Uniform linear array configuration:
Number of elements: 12
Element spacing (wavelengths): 0.25
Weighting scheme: kaiser
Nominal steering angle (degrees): -45
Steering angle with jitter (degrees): -44.662
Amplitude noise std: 0.05
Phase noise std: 0.05

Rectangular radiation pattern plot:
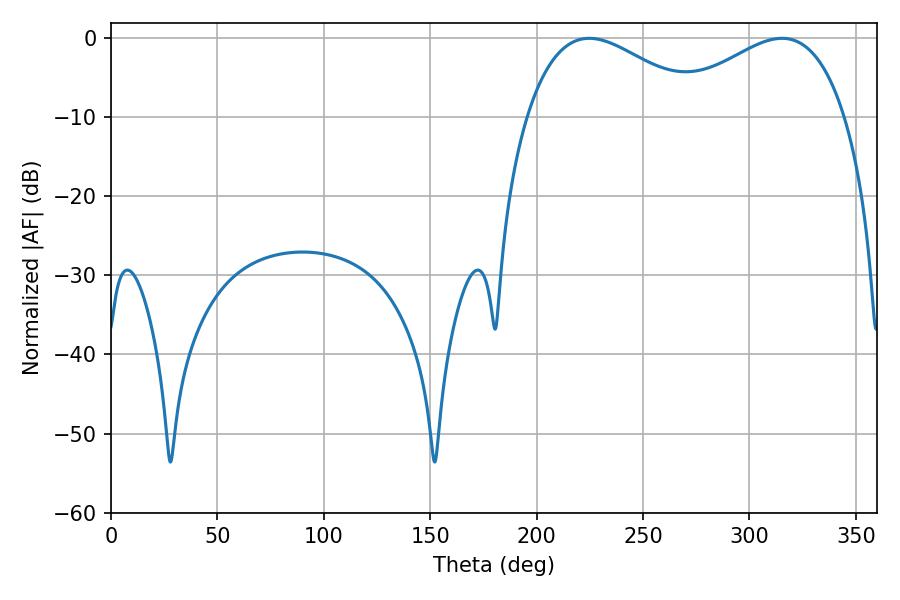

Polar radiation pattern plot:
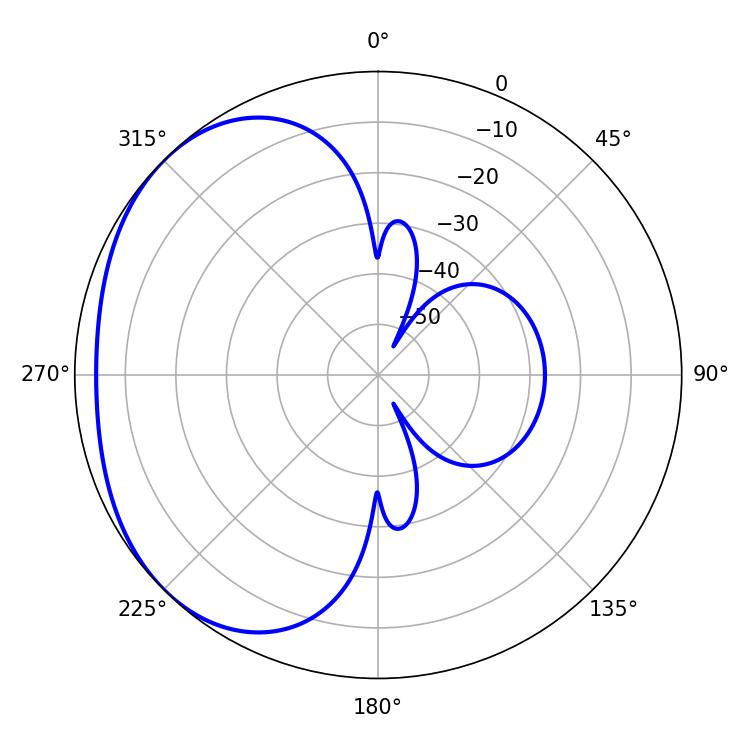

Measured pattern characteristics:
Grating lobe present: FALSE
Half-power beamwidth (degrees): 45.72
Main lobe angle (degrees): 224.64